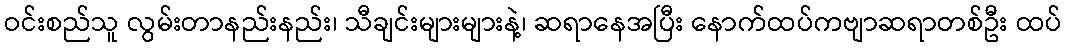
ဝင်းစည်သူ လွမ်းတာနည်းနည်း၊ သီချင်းများများနဲ့၊ ဆရာနေအပြီး နောက်ထပ်ကဗျာဆရာတစ်ဦး ထပ်